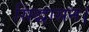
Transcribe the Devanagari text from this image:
सिद्धासन।